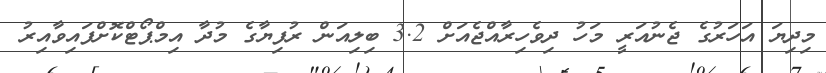
މިދިޔަ އަހަރުގެ ޖެނުއަރީ މަހު ދިވެހިރާއްޖެއަށް 3.2 ބިލިއަން ރުފިޔާގެ މުދާ އިމްޕޯޓްކޮށްފައިވާއިރު